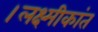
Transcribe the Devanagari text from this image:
।लक्ष्मीकांत